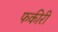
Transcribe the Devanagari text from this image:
फकीरी